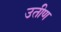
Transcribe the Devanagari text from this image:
उतीण